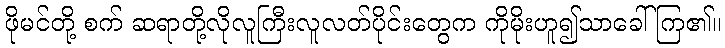
ဖိုမင်တို့ စက် ဆရာတို့လိုလူကြီးလူလတ်ပိုင်းတွေက ကိုမိုးဟူ၍သာခေါ်ကြ၏။